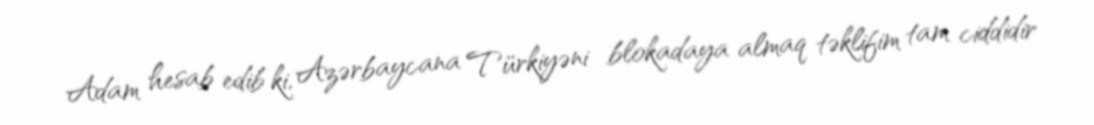
Adam hesab edib ki, Azərbaycana Türkiyəni blokadaya almaq təklifim tam ciddidir